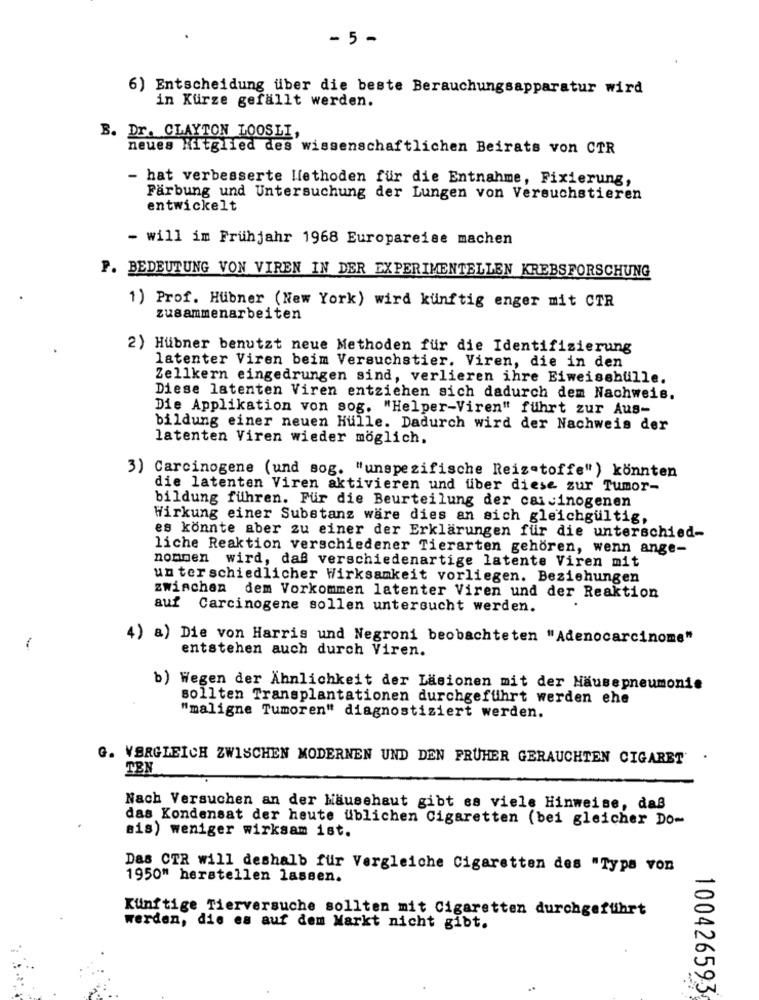
- 5 -
6) Entscheidung über die beste Berauchungsapparatur wird
in Kurze gefällt werden.
B. Dr. CLAYTON LOOSLI,
neues Mitglied des wissenschaftlichen Beirats von CTR
- hat verbesserte lfethoden fur die Entnahme, Fixierung,
Färbung und Untersuchung der Lungen von Versuchstieren
entwickelt
- will im Frühjahr 1968 Europareise machen
P. BEDEUTUNG VON VIREN IN DER EXPERIMENTELLEN KREBSFORSCHUNG
1) Prof. Hubner (New York) wird künftig enger mit CTR
zusammenarbeiten
2) Hübner benutzt neue Methoden für die Identifizierung
latenter Viren beim Versuchstier. Viren, die in den
Zellkern eingedrungen sind, verlieren ihre Eiweissbulle.
Diese latenten Viren entziehen sich dadurch dem Nachweis.
Die Applikation von sog. "Helper-Viren" führt zur Aus-
bildung einer neuen Hulle. Dadurch wird der Nachweis der
latenten Viren wieder möglich.
3) Carcinogene (und sog. "unspezifische Reizetoffe") könnten
die latenten Viren aktivieren und uber diese zur Tumor-
bildung führen. Für die Beurteilung der carcinogenen
Wirkung einer Substanz wäre dies an sich gleichgültig,
es könnte aber zu einer der Erklärungen für die unterschied-
liche Reaktion verschiedener Tierarten gehören, wenn ange-
nommen wird, daß verschiedenartige latente Viren mit
unterschiedlicher Wirksamkeit vorliegen. Beziehungen
zwischen dem Vorkommen latenter Viren und der Reaktion
auf Carcinogene sollen untersucht werden.
4) a) Die von Harris und Negroni beobachteten "Adenocarcinome"
1
entstehen auch durch Viren.
b) Wegen der Ähnlichkeit der Läsionen mit der Hausepneumonie
sollten Transplantationen durchgeführt werden ehe
"maligne Tumoren" diagnostiziert werden.
G. VERGLEICH ZWISCHEN MODERNEN UND DEN FRUHER GERAUCHTEN CIGARET
.
TEN
Nach Versuchen an der Hausehaut gibt es viele Hinweise, daß
das Kondensat der heute üblichen Cigaretten (bei gleicher Do-
Bis) weniger wirksam ist.
Das CTR will deshalb fur Vergleiche Cigaretten des "Type von
1950" herstellen lassen.
Künftige Tierversuche sollten mit Cigaretten durchgeführt
werden, die es auf dem Markt nicht gibt.
..
100426593